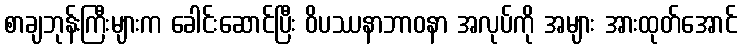
စာချဘုန်းကြီးများက ခေါင်းဆောင်ပြီး ဝိပဿနာဘာဝနာ အလုပ်ကို အများ အားထုတ်အောင်